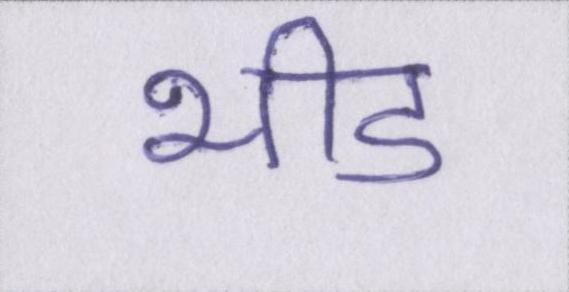
भीड